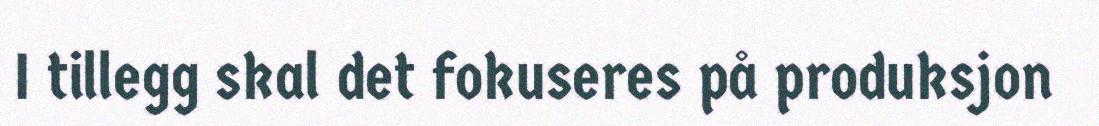
I tillegg skal det fokuseres på produksjon